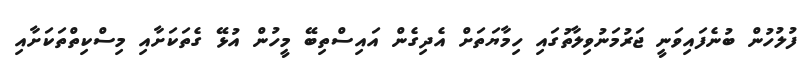
ފުލުހުން ބުނެފައިވަނީ ޖަރުމަނުވިލާތުގައި ހިމާޔަތަށް އެދިގެން އައިސްތިބޭ މީހުން އުޅޭ ގެތަކަށާއި މިސްކިތްތަކަށާއި